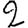
Digit: 2